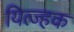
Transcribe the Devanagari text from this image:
यित्ज्हक